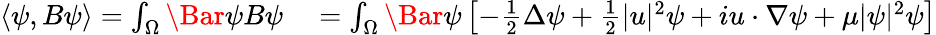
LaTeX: \begin{array}{rl}{\langle\psi,B\psi\rangle=\int_{\Omega}\Bar{\psi}B\psi}&{{}=\int_{\Omega}\Bar{\psi}\left[-\frac{1}{2}\Delta\psi+\frac{1}{2}\lvert u\rvert^{2}\psi+iu\cdot\nabla\psi+\mu\lvert\psi\rvert^{2}\psi\right]}\end{array}